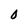
Character: 0